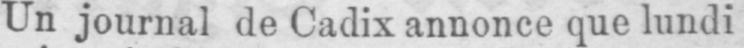
Un journal de Cadix annonce que lundi